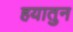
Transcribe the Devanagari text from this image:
हयातुन